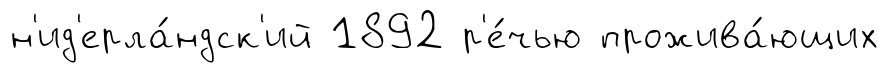
н'ид'ерла́ндск'ий 1892 р'е́чью прожива́ющих